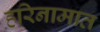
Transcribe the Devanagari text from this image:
हरिनामात